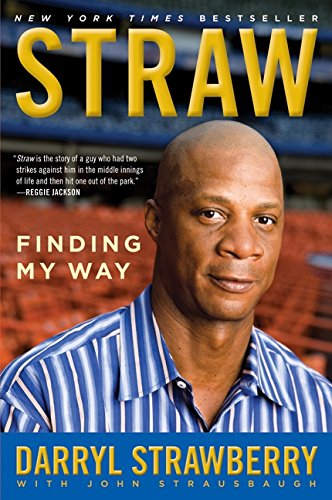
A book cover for Straw: Finding My Way; Darryl Strawberry; Biographies & Memoirs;